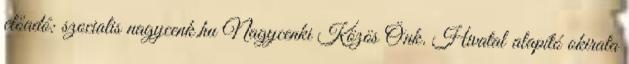
előadó: szocialis nagycenk.hu Nagycenki Közös Önk. Hivatal alapító okirata